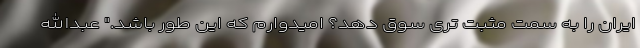
ایران را به سمت مثبت تری سوق دهد؟ امیدوارم که این طور باشد." عبدالله